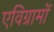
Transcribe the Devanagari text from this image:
एविग्रामों